Vaccination in the Punjab 1919-1929 - 1919-1929
Year: 1919
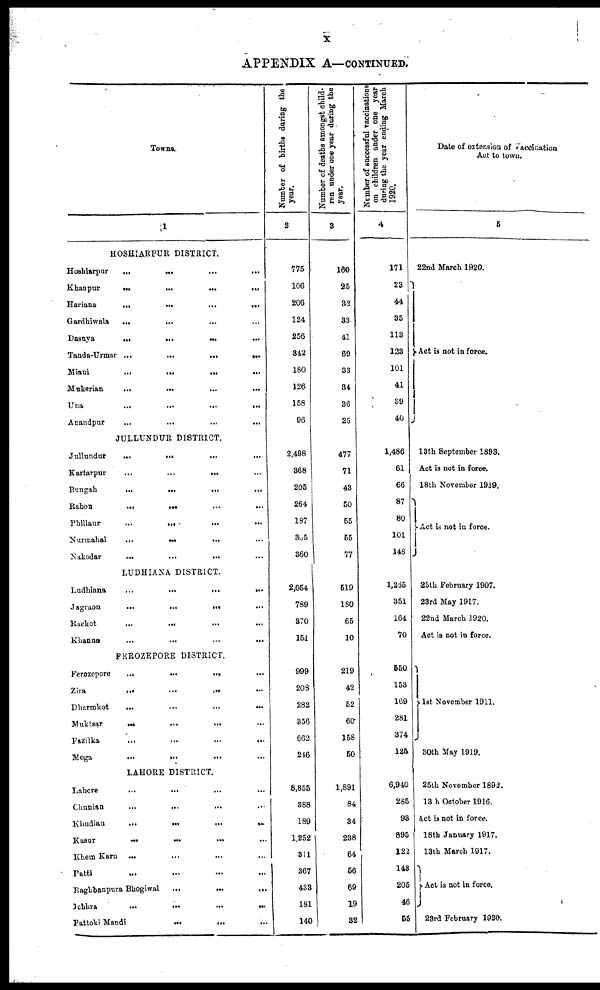
x
APPENDIX A—CONTINUED.
Towns.
1
HOSHIARPUR DISTRICT.
Hoshiarpur
...
...
...
...
Khanpur
...
...
...
...
Hariana
...
...
...
...
Gardhiwala
...
... ... ...
Dasnya
...
...
...
...
Tanda-Urmar ...
...
...
...
Miani
...
...
...
...
Makerian
...
...
...
...
Una
...
...
...
...
Anandpur
...
...
...
...
JULLUNDUR DISTRICT.
Jullundur
...
...
...
...
Kartarpur
...
...
... ...
Bungah
...
...
...
...
Rahon
...
...
...
...
Phillaur
...
...
...
...
Nurmahal
...
...
... ...
Nakodar
...
...
... ...
LUDHIANA DISTRICT.
Ludhiana
...
...
...
...
Jagraon
...
...
...
...
Raekot
...
...
...
...
Khanna ... ... ... ...
FEROZEPORE DISTRICT.
Ferozopore
...
...
... ...
Zira
...
...
...
...
Dharmkot
...
...
...
...
Muktsar
...
...
... ...
Fazilka ... ... ... ...
Moga
...
...
... ...
LAHORE DISTRICT.
Lahore
...
... ... ...
Chunian
...
...
... ...
Khudian
...
...
...
...
Kasur
...
...
...
...
Khem Karn ...
... ... ...
Patti ... ... ... ...
Baghbanpura Bhogiwal
...
...
...
Ichhra
...
...
...
...
Pattoki Mandi
...
...
...
Number of births during the
year.
2
775
106
206
124
256
842
180
126
158
96
2,498
368
205
264
187
305
360
2,054
789
870
151
999
208
282
356
662
246
8,855
388
189
1,252
31l
367
433
181
140
Number of deaths amongst child-
ren under one year during the
year.
3
160
25
32
33
41
69
33
34
36
25
477
71
43
50
55
55
77
519
180
65
10
219
42
52
60
158
50
1,891
84
34
238
64
56
69
19
32
Number of successful vaccinations
on children under one year
during the year ending March
1920.
4
171
23
44
35
113
133
101
41
39
40
1,486
61
66
87
80
101
148
1,265
351
164
70
550
153
169
281
374
125
6,940
285
93
895
122
143
205
46
55
Date of extension of Vaccination
Act to town.
5
22nd March 1920.
Act is not in force.
13th September 1893.
Act is not in force.
18th November 1919.
Act is not in force.
25th February 1907.
23rd May 1917.
22nd March 1920.
Act is not in force.
1st November 1911.
30th May 1919.
25th November 1892.
13th October 1916.
Act is not in force.
18th January 1917.
13th March 1917.
Act is not in force.
23rd February 1920.